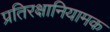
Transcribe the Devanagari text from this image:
प्रतिरक्षानियामक